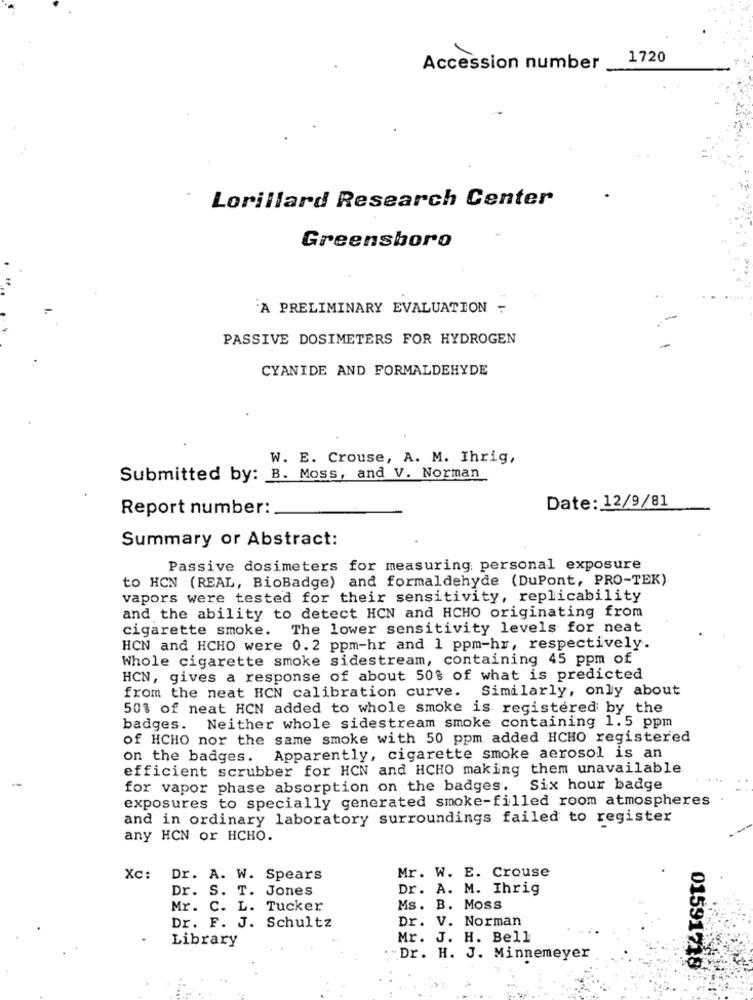
1720
Accession number
Lorillard Research Center
Greensboro
A PRELIMINARY EVALUATION -
-
PASSIVE DOSIMETERS FOR HYDROGEN
CYANIDE AND FORMALDEHYDE
W. E. Crouse, A. M. Ihrig,
Submitted by: B. Moss, and V. Norman
Date: 12/9/81
Report number:
Summary or Abstract:
Passive dosimeters for measuring: personal exposure
to HCN (REAL, BioBadge) and formaldehyde (DuPont, PRO-TEK)
vapors were tested for their sensitivity, replicability
and the ability to detect HCN and HCHO originating from
cigarette smoke. The lower sensitivity levels for neat
HCN and HCHO were 0.2 ppm-hr and 1 ppm-hr, respectively.
Whole cigarette smoke sidestream, containing 45 ppm of
HCN, gives a response of about 50% of what is predicted
Similarly, only about
from the neat HCN calibration curve.
50% of neat HCN added to whole smoke is registered by the
badges. Neither whole sidestream smoke containing 1.5 ppm
of HCHO nor the same smoke with 50 ppm added HCHO registered
on the badges. Apparently, cigarette smoke aerosol is an
efficient scrubber for HCN and HCHO making them unavailable
for vapor phase absorption on the badges.
Six hour badge
exposures to specially generated smoke-filled room atmospheres
and in ordinary laboratory surroundings failed to register
any HCN or HCHO.
Mr. W. E. Crouse
Xc:
Dr. A. W. Spears
Dr. S. T. Jones
Dr. A. M. Ihrig
Mr. C. L. Tucker
Ms. B. Moss
Dr. V. Norman
Dr. F. J. Schultz
Library
Mr. J. H. Bell
.Dr. H. J. Minnemeyer
01591718